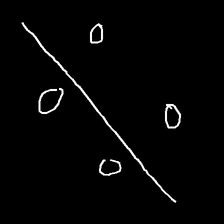
Glyph: cool